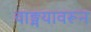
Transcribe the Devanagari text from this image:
वाङ्मयावरून